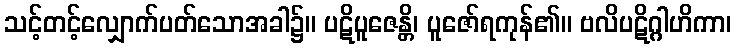
သင့်တင့်လျှောက်ပတ်သောအခါ၌။ ပဋိပူဇေန္တိ၊ ပူဇော်ရကုန်၏။ ဗလိပဋိဂ္ဂါဟိကာ၊